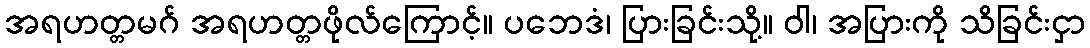
အရဟတ္တမဂ် အရဟတ္တဖိုလ်ကြောင့်။ ပဘေဒံ၊ ပြားခြင်းသို့။ ဝါ၊ အပြားကို သိခြင်းငှာ